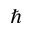
\hbar